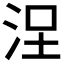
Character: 𣳤